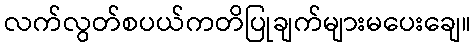
လက်လွတ်စပယ်ကတိပြုချက်များမပေးချေ။